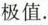
极值.